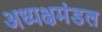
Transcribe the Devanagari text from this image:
अध्यक्षमंडल